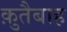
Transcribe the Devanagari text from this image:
क़ुतैबाह